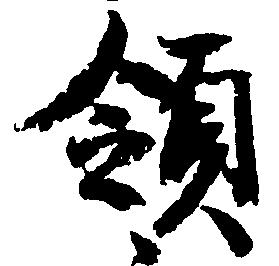
領